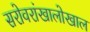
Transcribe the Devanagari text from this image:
सरोवरांखालोखाल